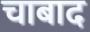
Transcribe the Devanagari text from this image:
चाबाद